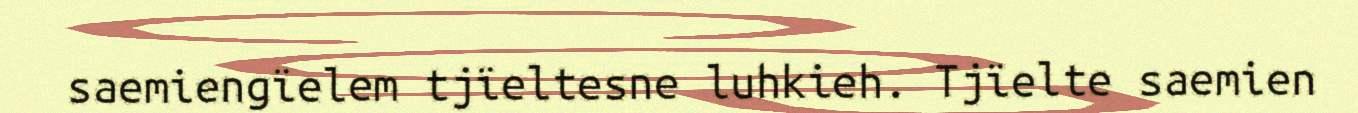
saemiengïelem tjïeltesne luhkieh. Tjïelte saemien